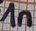
Text: 1n